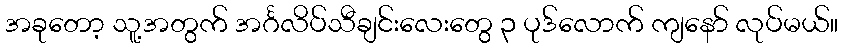
အခုတော့ သူ့အတွက် အင်္ဂလိပ်သီချင်းလေးတွေ ၃ ပုဒ်လောက် ကျနော် လုပ်မယ်။